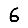
Digit: 6